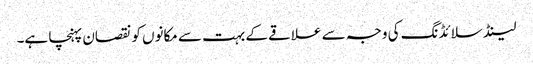
لینڈ سلائڈنگ کی وجہ سے علاقے کے بہت سے مکانوں کو نقصان پہنچا ہے۔